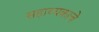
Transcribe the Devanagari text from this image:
सहाय्यकाचे